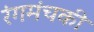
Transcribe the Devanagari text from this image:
रंगमंचकी